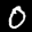
Label: 0